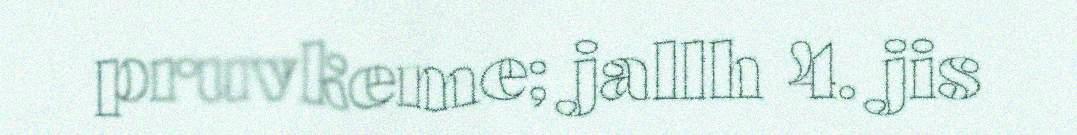
pruvkeme; jallh 4. jis